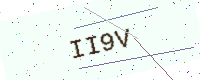
Text: II9V